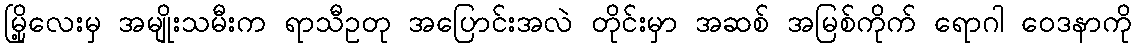
မြို့လေးမှ အမျိုးသမီးက ရာသီဥတု အပြောင်းအလဲ တိုင်းမှာ အဆစ် အမြစ်ကိုက် ရောဂါ ဝေဒနာကို